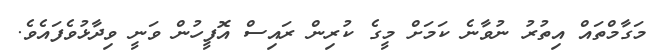
މަގާމްތައް އިތުރު ނުވާނެ ކަމަށް މީގެ ކުރިން ރައިސް އޮފީހުން ވަނީ ވިދާޅުވެފައެވެ.